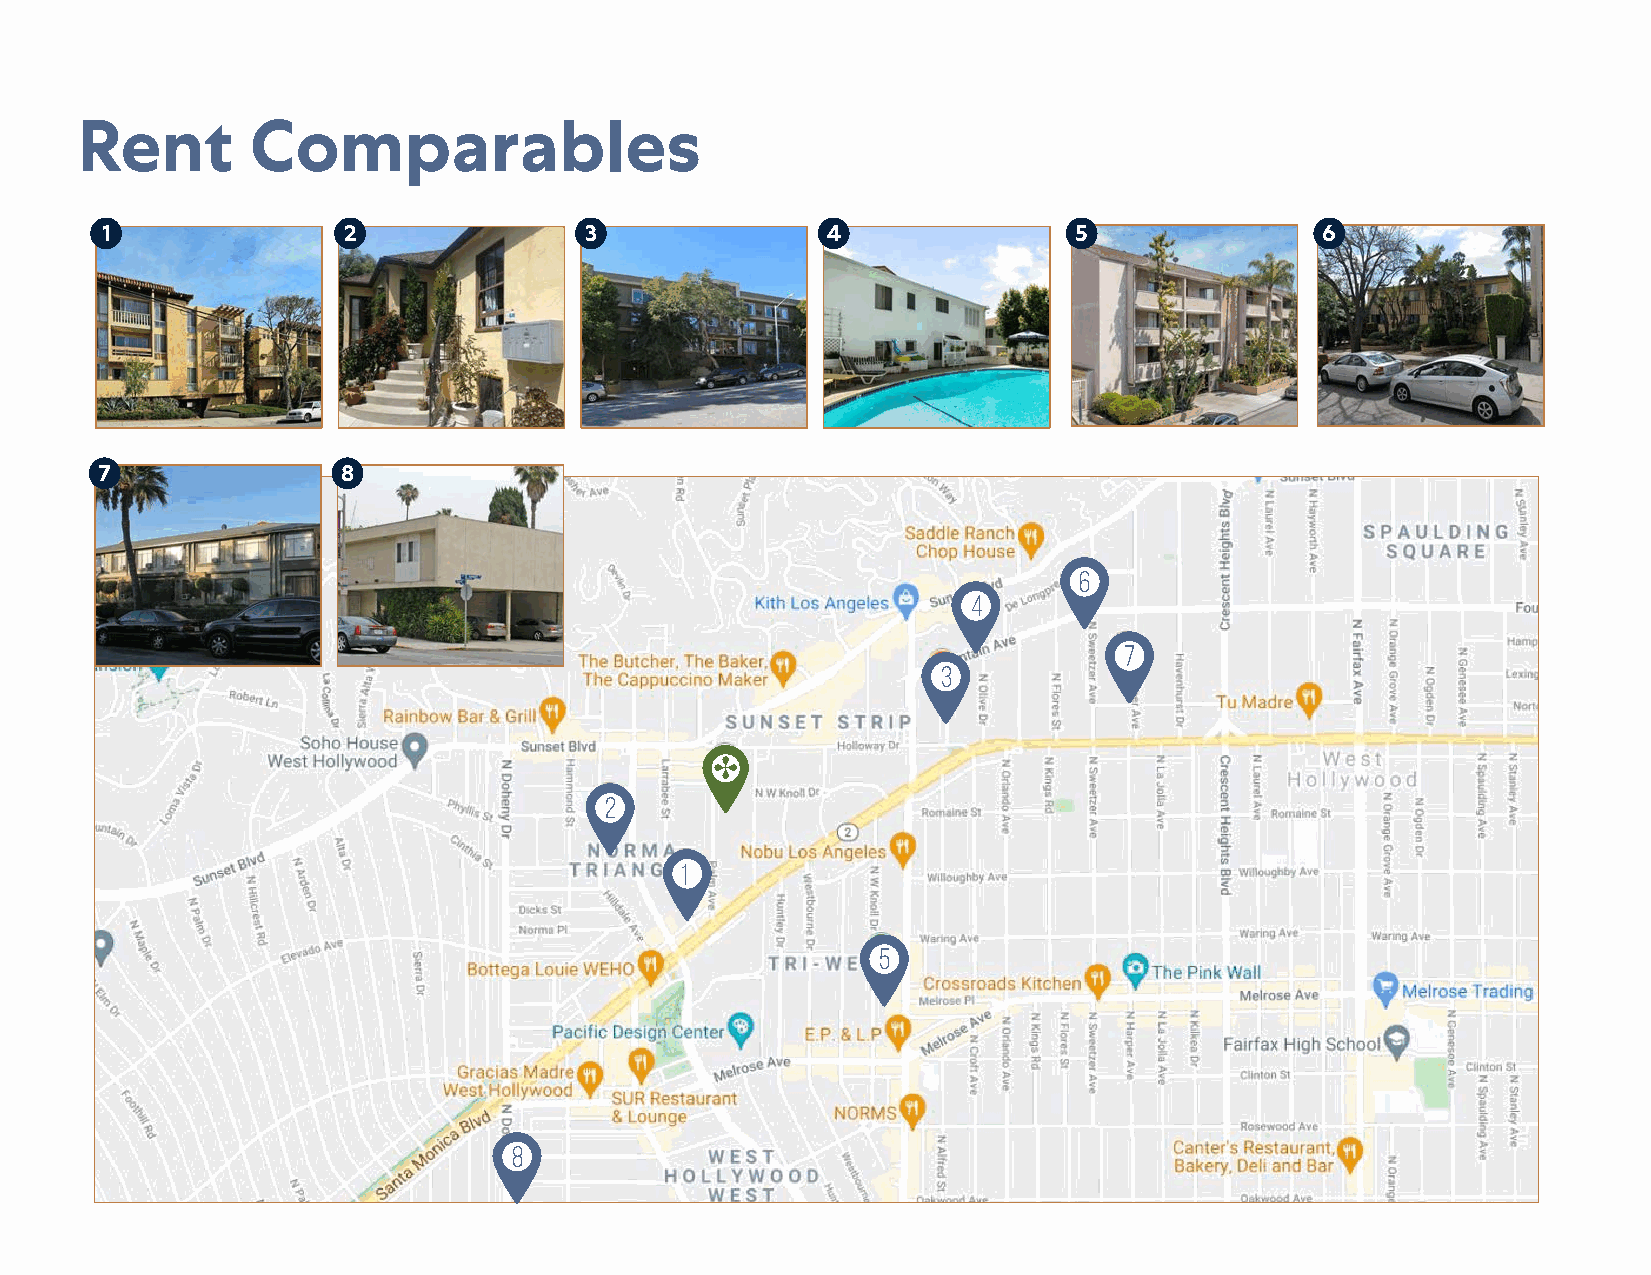
Rent        Comparables
 1               2               3               4               5                6
 7               8
 6
 4
 7
 3
 2
 1
 5
 8
 23